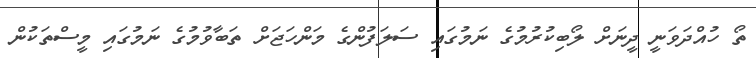
ތޯ ހުއްދަވަނީ ދީނަށް ލޯބިކުރުމުގެ ނަމުގައި ސަލަފުންގެ މަންހަޖަށް ތަބާވުމުގެ ނަމުގައި މީސްތަކުން